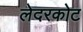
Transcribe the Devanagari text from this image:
लेदरकोट